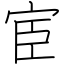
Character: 宦